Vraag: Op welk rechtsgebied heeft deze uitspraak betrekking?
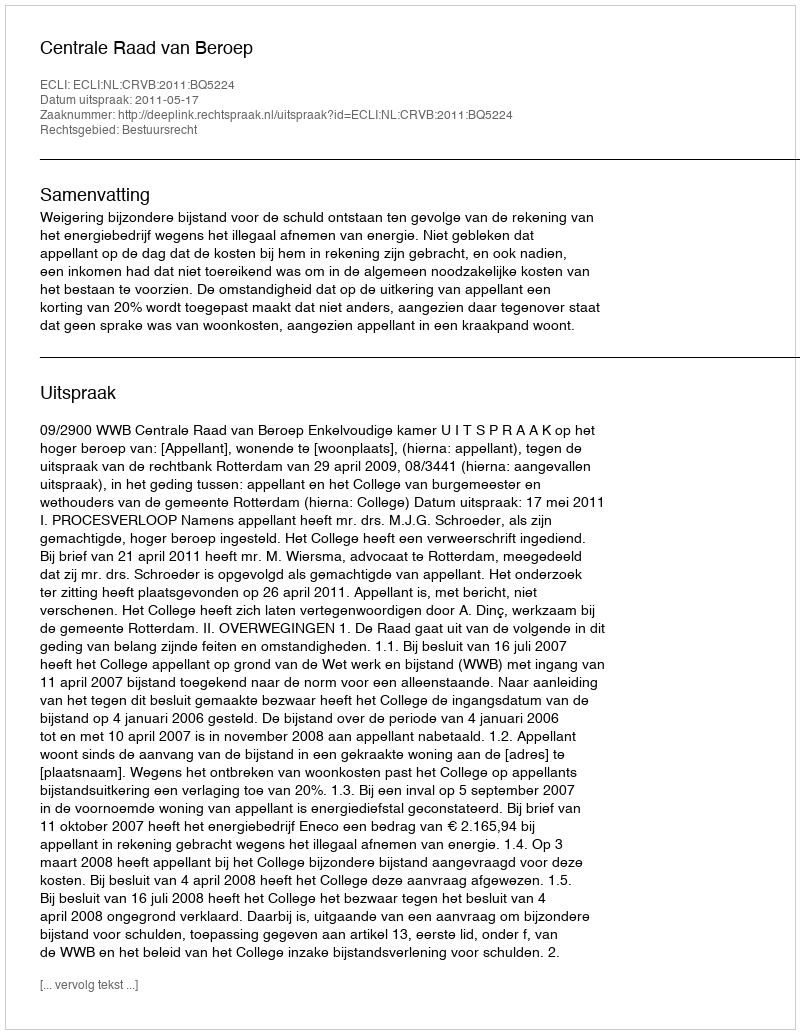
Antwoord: Bestuursrecht